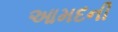
આમદની